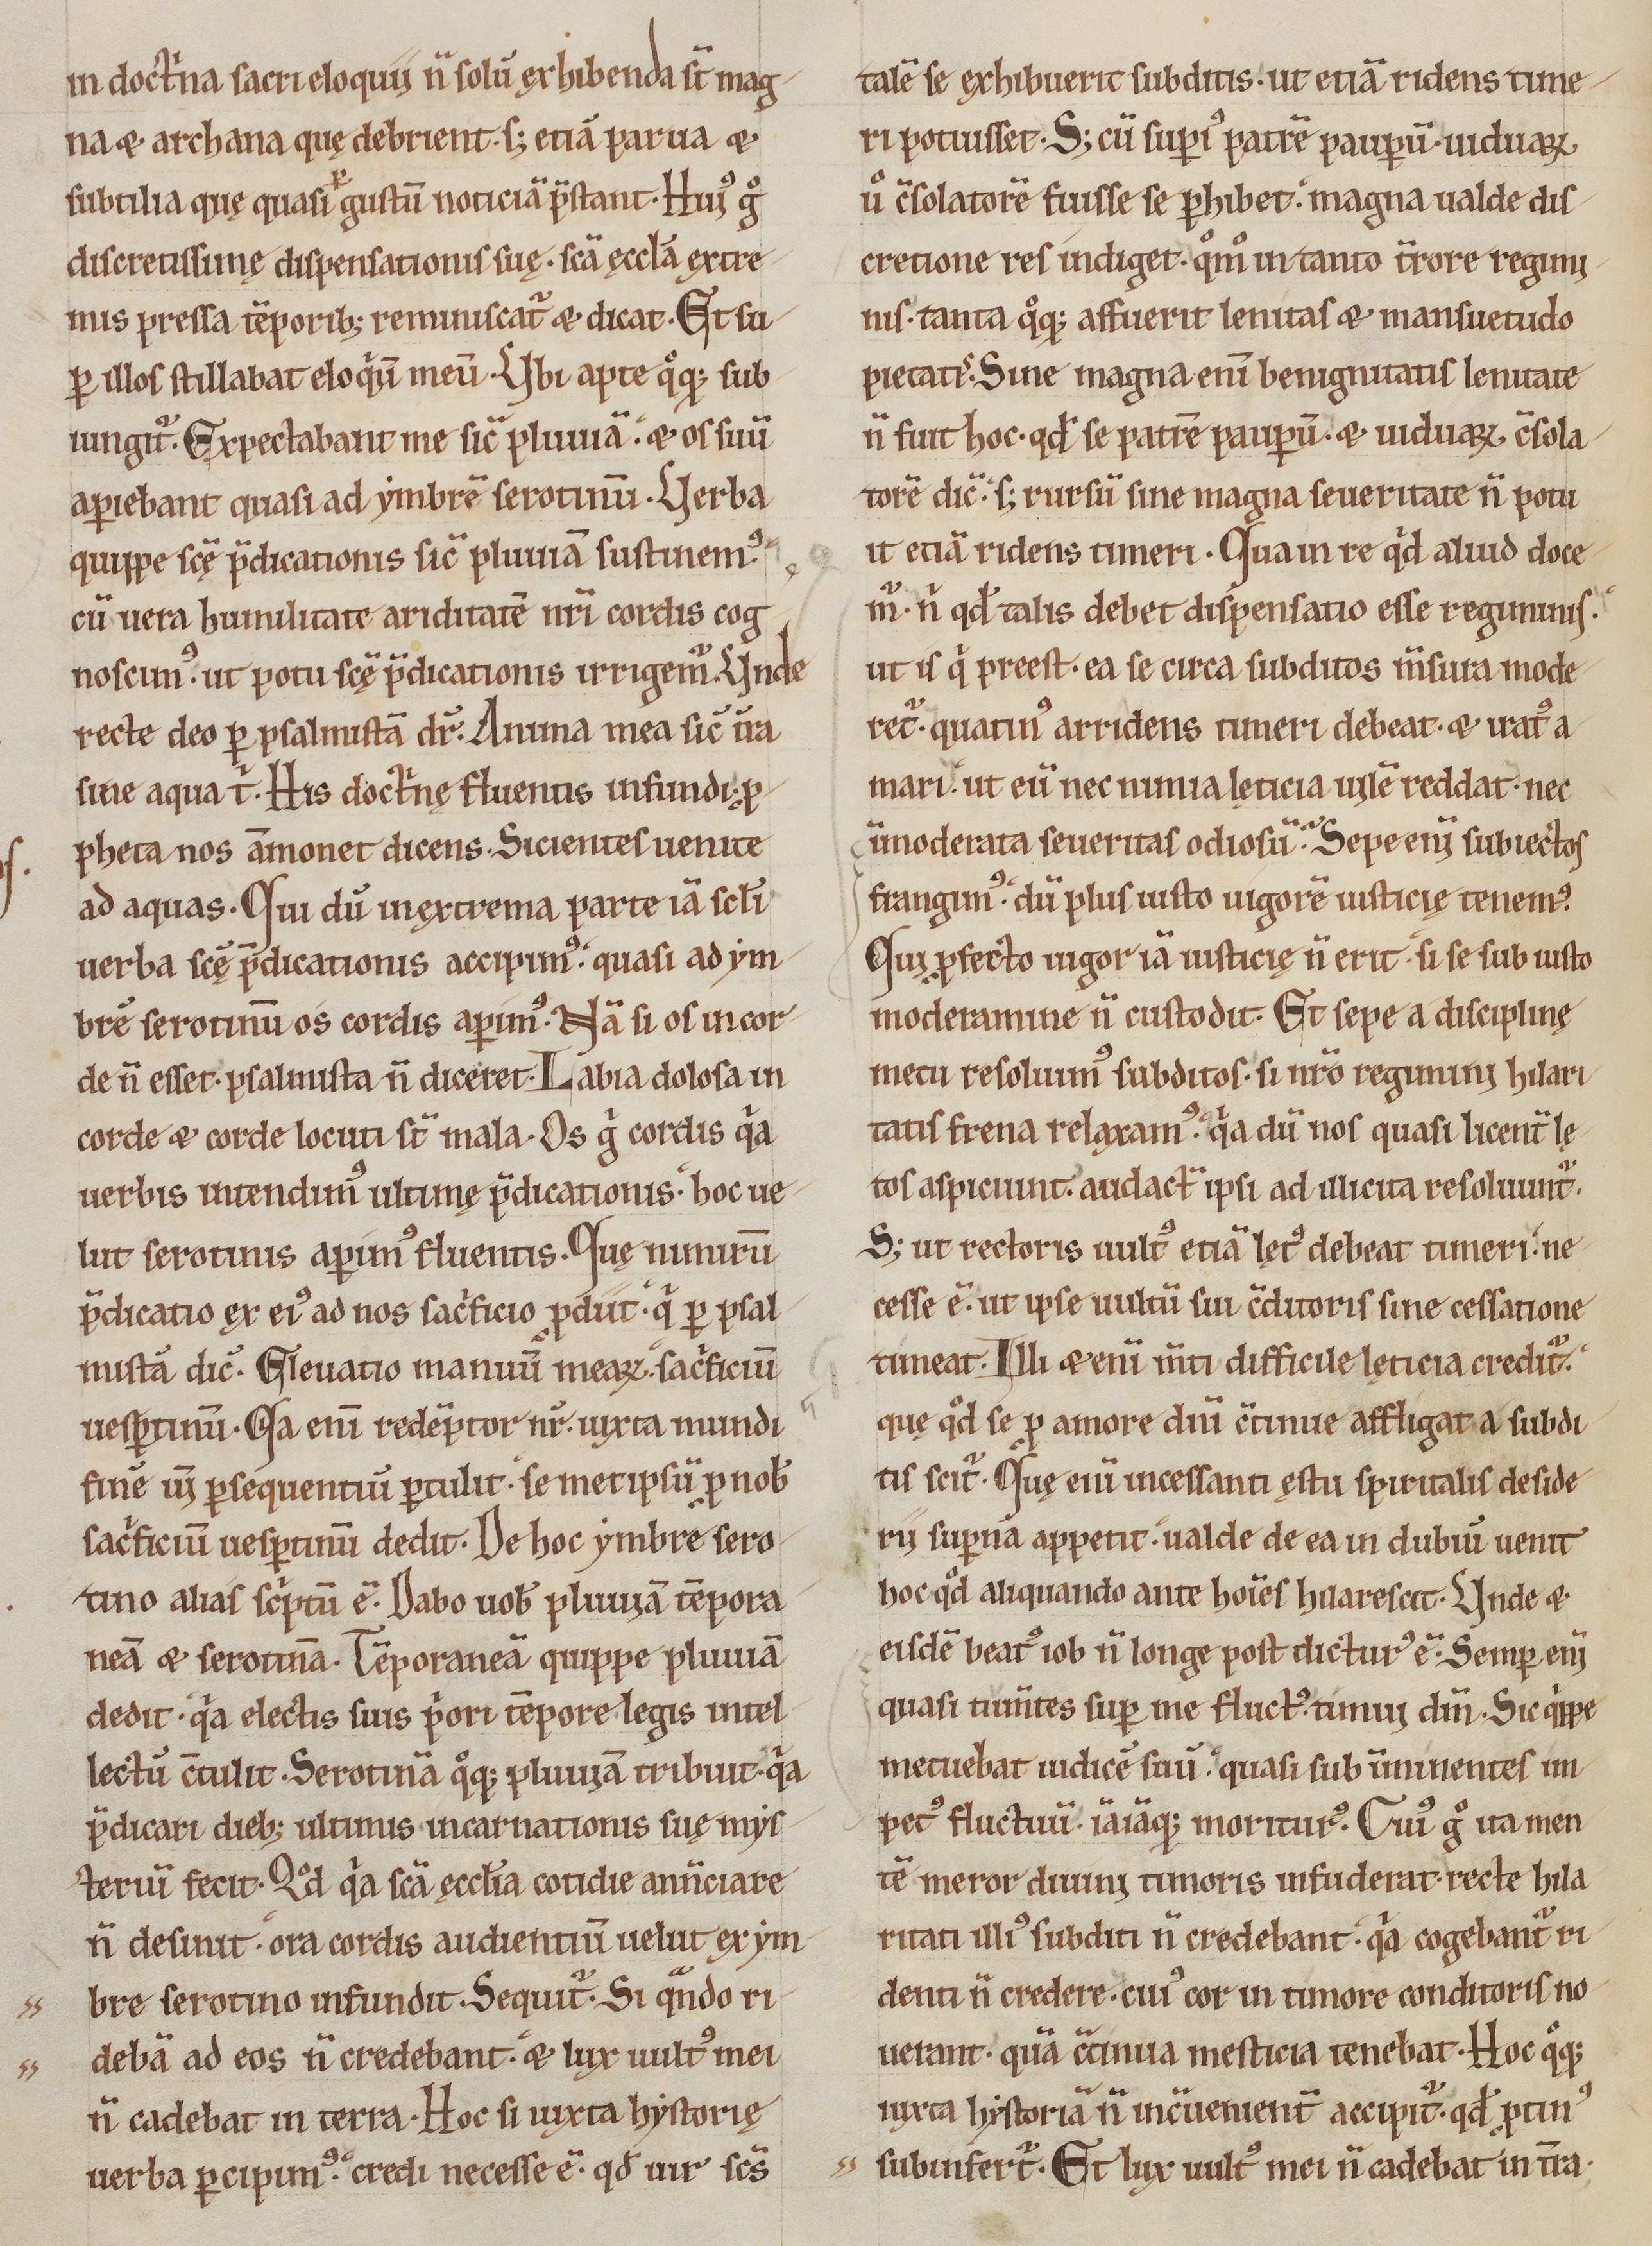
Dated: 1170–1199